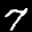
Label: 7